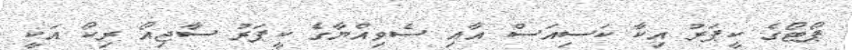
ޕޯޓޯގެ ކީޕަރު އިކާ ކަސިއަސް އާއި ސެވިއްޔާގެ ކީޕަރު ސާޖިއޯ ރިކޯ އަކީ